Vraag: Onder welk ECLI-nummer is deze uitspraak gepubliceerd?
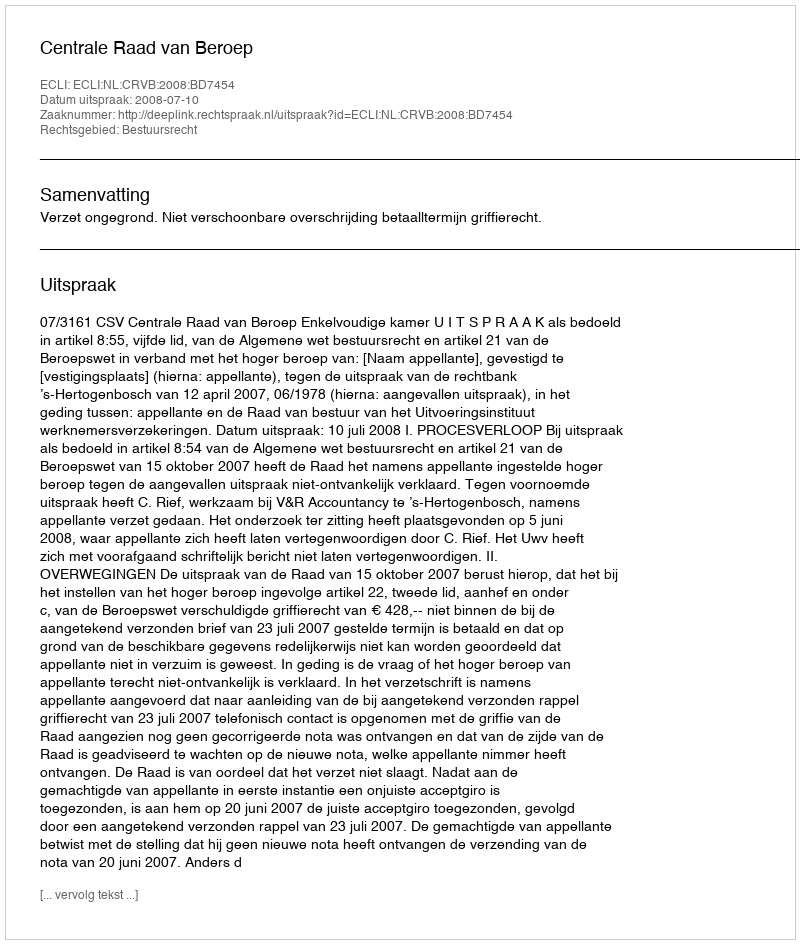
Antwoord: ECLI:NL:CRVB:2008:BD7454